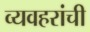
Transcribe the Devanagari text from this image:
व्यवहरांची